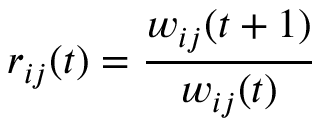
r _ { i j } ( t ) = \frac { w _ { i j } ( t + 1 ) } { w _ { i j } ( t ) }